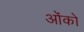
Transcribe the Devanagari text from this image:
ओंको